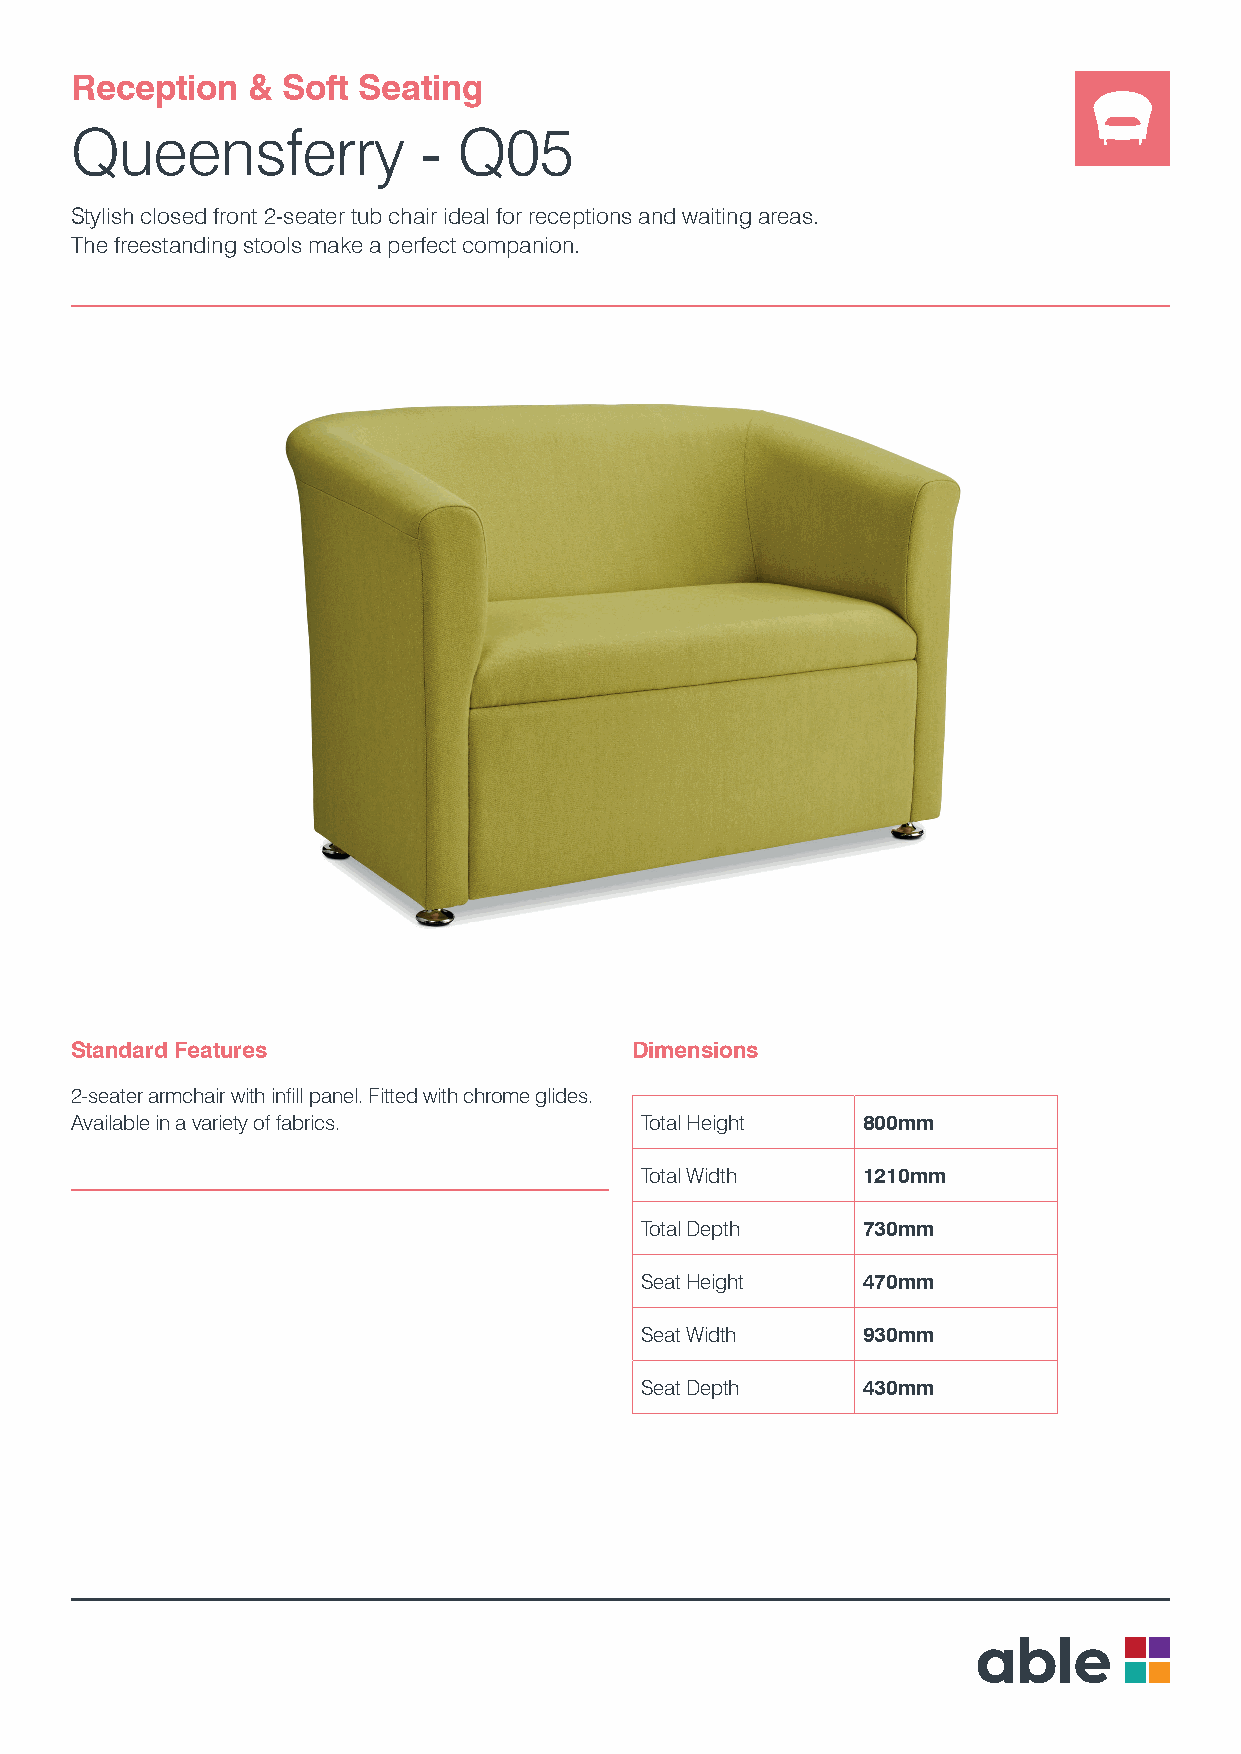
Reception  &  Soft Seating
 Queensferry            - Q05
 Stylish closed front 2-seater tub chair ideal for receptions and waiting areas.
 The freestanding stools make a perfect companion.
 Standard Features                    Dimensions
 2-seater armchair with infill panel. Fitted with chrome glides.
 Available in a variety of fabrics.   Total Height   800mm
 Total Width    1210mm
 Total Depth    730mm
 Seat Height    470mm
 Seat Width     930mm
 Seat Depth     430mm